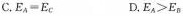
C. $$E_{ A } = E_{ C }$$ D.$$E_{ A } ＞ E_{ B }$$